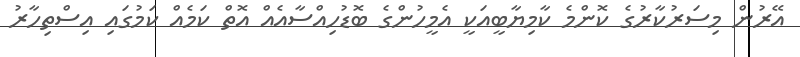
އޭރުން މިސަރުކާރުގެ ކޮންމެ ކާމިޔާބީއަކީ އެމީހުންގެ ބޮޑުހިއްސާއެއް އޮތް ކަމެއް ކަމުގައި އިސްތިހާރު